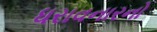
ધરાવનારનો